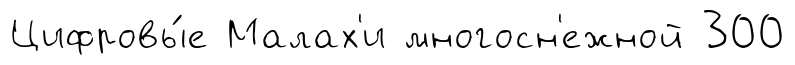
Цифровы́е Малах'и многосн'ежной 300